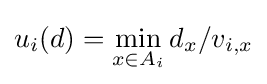
u_{i}(d)=\min _{x\in A_{i}}d_{x}/v_{i,x}